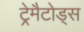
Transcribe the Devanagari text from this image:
ट्रेमैटोड्स